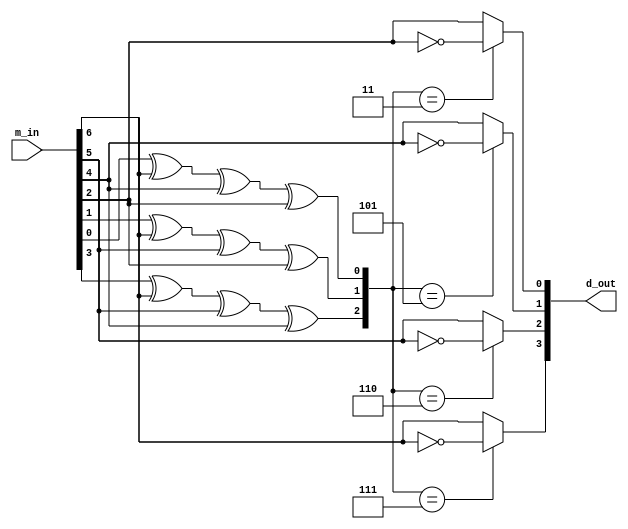
module hamming_receptor (
    input wire [6:0] m_in,
    output wire [3:0] d_out
);

    wire [2:0] c;

    // Primero calculamos los bits de check
    assign c[2] = m_in[3] ^ m_in[6] ^ m_in[5] ^ m_in[4];
    assign c[1] = m_in[1] ^ m_in[6] ^ m_in[5] ^ m_in[2];
    assign c[0] = m_in[0] ^ m_in[6] ^ m_in[4] ^ m_in[2];

    // Ahora asigno los bits de datos y corrijo si fuera necesario
    assign d_out[3] = (c == 3'b111) ? ~m_in[6] : m_in[6];
    assign d_out[2] = (c == 3'b110) ? ~m_in[5] : m_in[5];
    assign d_out[1] = (c == 3'b101) ? ~m_in[4] : m_in[4];
    assign d_out[0] = (c == 3'b011) ? ~m_in[2] : m_in[2];
    
endmodule